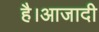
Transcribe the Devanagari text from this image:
है।आजादी